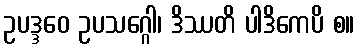
ဥပဒ္ဒဝေ ဥပသဂ္ဂေါ၊ ဒိဿတိ ပါဒိကေပိ စ။